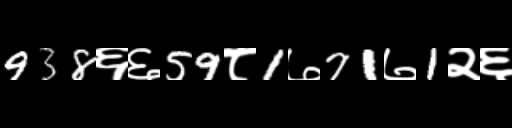
Text: 938६६59८1७71७1२६